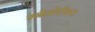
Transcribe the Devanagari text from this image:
स्त्रेतोटेंकर